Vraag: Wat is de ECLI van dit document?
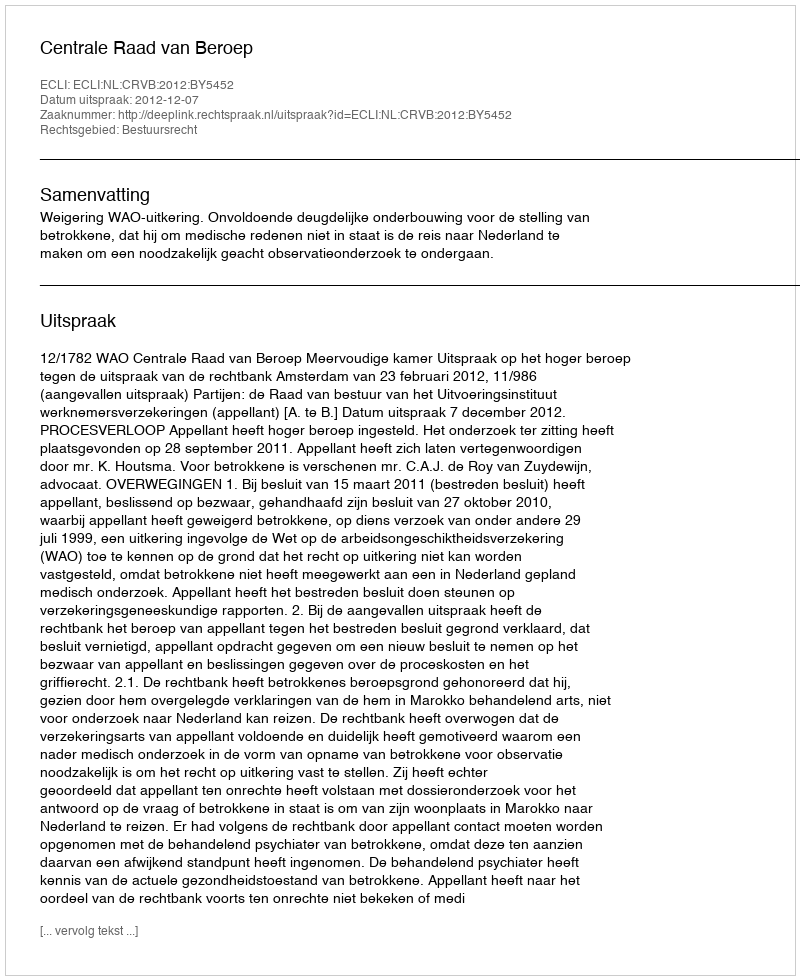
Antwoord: ECLI:NL:CRVB:2012:BY5452